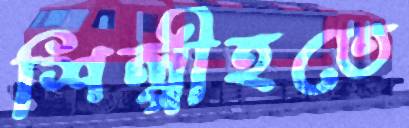
শিল্পীহতে